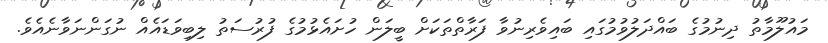
މައުލޫމާތު ދިނުމުގެ ބައްދަލުވުމުގައި ބައިވެރިނުވާ ފަރާތްތަކަށް ބީލަން ހުށައެޅުމުގެ ފުރުސަތު ލިބިވަޑައެއް ނުގަންނަވާނެއެވެ.